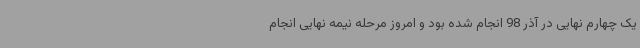
یک چهارم نهایی در آذر 98 انجام شده بود و امروز مرحله نیمه نهایی انجام